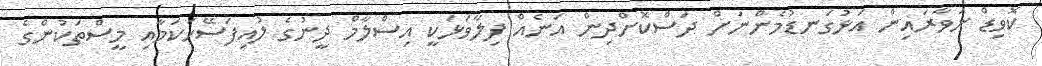
ކޮވިޑް ނަވާރައިން އަޅުގަނޑުމެންނަށް ދަސްކޮށްދިން އަނެއް ފިލާވަޅަކީ އިސްލާމް ދީނުގެ ލުއިފަސޭހަކަމާއި މީސްތަކުންގެ